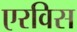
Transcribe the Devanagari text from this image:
एरविस